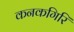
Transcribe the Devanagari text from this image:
कनकगिरि